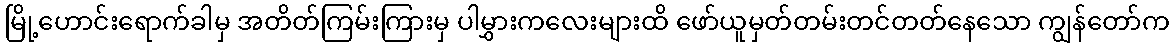
မြို့ဟောင်းရောက်ခါမှ အတိတ်ကြမ်းကြားမှ ပါမွှားကလေးများထိ ဖော်ယူမှတ်တမ်းတင်တတ်နေသော ကျွန်တော်က